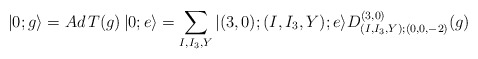
\begin{align*}|0;g\rangle = Ad\,T(g)\,|0;e\rangle =\sum_{I,I_3,Y}|(3,0);(I,I_3,Y);e\rangle D^{(3,0)}_{(I,I_3,Y);(0,0,-2)}(g)\end{align*}